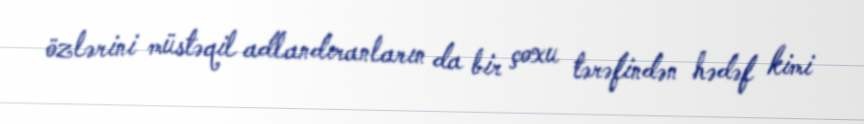
özlərini müstəqil adlandıranların da bir çoxu tərəfindən hədəf kimi